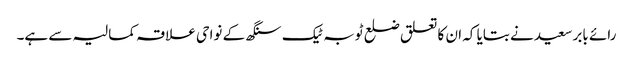
رائے بابر سعید نے بتایا کہ ان کا تعلق ضلع ٹوبہ ٹیک سنگھ کے نواحی علاقہ کمالیہ سے ہے۔